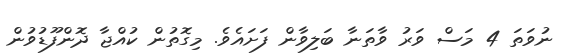
ނުވަތަ 4 މަސް ވަރު ވާތަނާ ބަލިވާން ފަށައެވެ. މިގޮތުން ކުއްޖާ ދޮންފޫޑުވުން